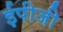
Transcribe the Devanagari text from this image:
ईपीजी